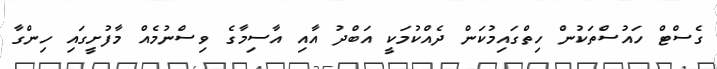
ގެސްޓް ހައުސްތަކުން ހިތްގައިމުކަން ދެއްކުމަކީ އަބްދު އާއި އާސިމާގެ ވިސްނުމެއް މާފުށީގައި ހިންގާ